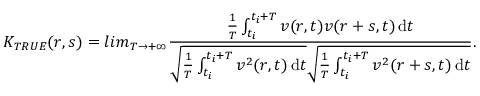
K _ { T R U E } ( r , s ) = l i m _ { T \rightarrow + \infty } \frac { \frac { 1 } { T } \int _ { t _ { i } } ^ { t _ { i } + T } v ( r , t ) v ( r + s , t ) \mathop { } \! \mathrm { d } t } { \sqrt { \frac { 1 } { T } \int _ { t _ { i } } ^ { t _ { i } + T } v ^ { 2 } ( r , t ) \mathop { } \! \mathrm { d } t } \sqrt { \frac { 1 } { T } \int _ { t _ { i } } ^ { t _ { i } + T } v ^ { 2 } ( r + s , t ) \mathop { } \! \mathrm { d } t } } .